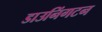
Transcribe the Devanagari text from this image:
डाउनिंगटन